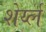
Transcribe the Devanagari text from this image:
शेर्य्ल